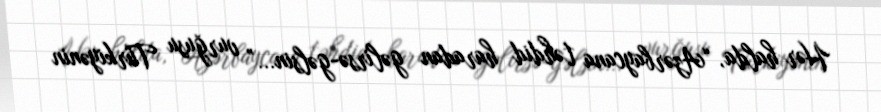
Hər halda, “Azərbaycana təhdid haradan gəlirsə-gəlsin...” vurğusu Türkiyənin